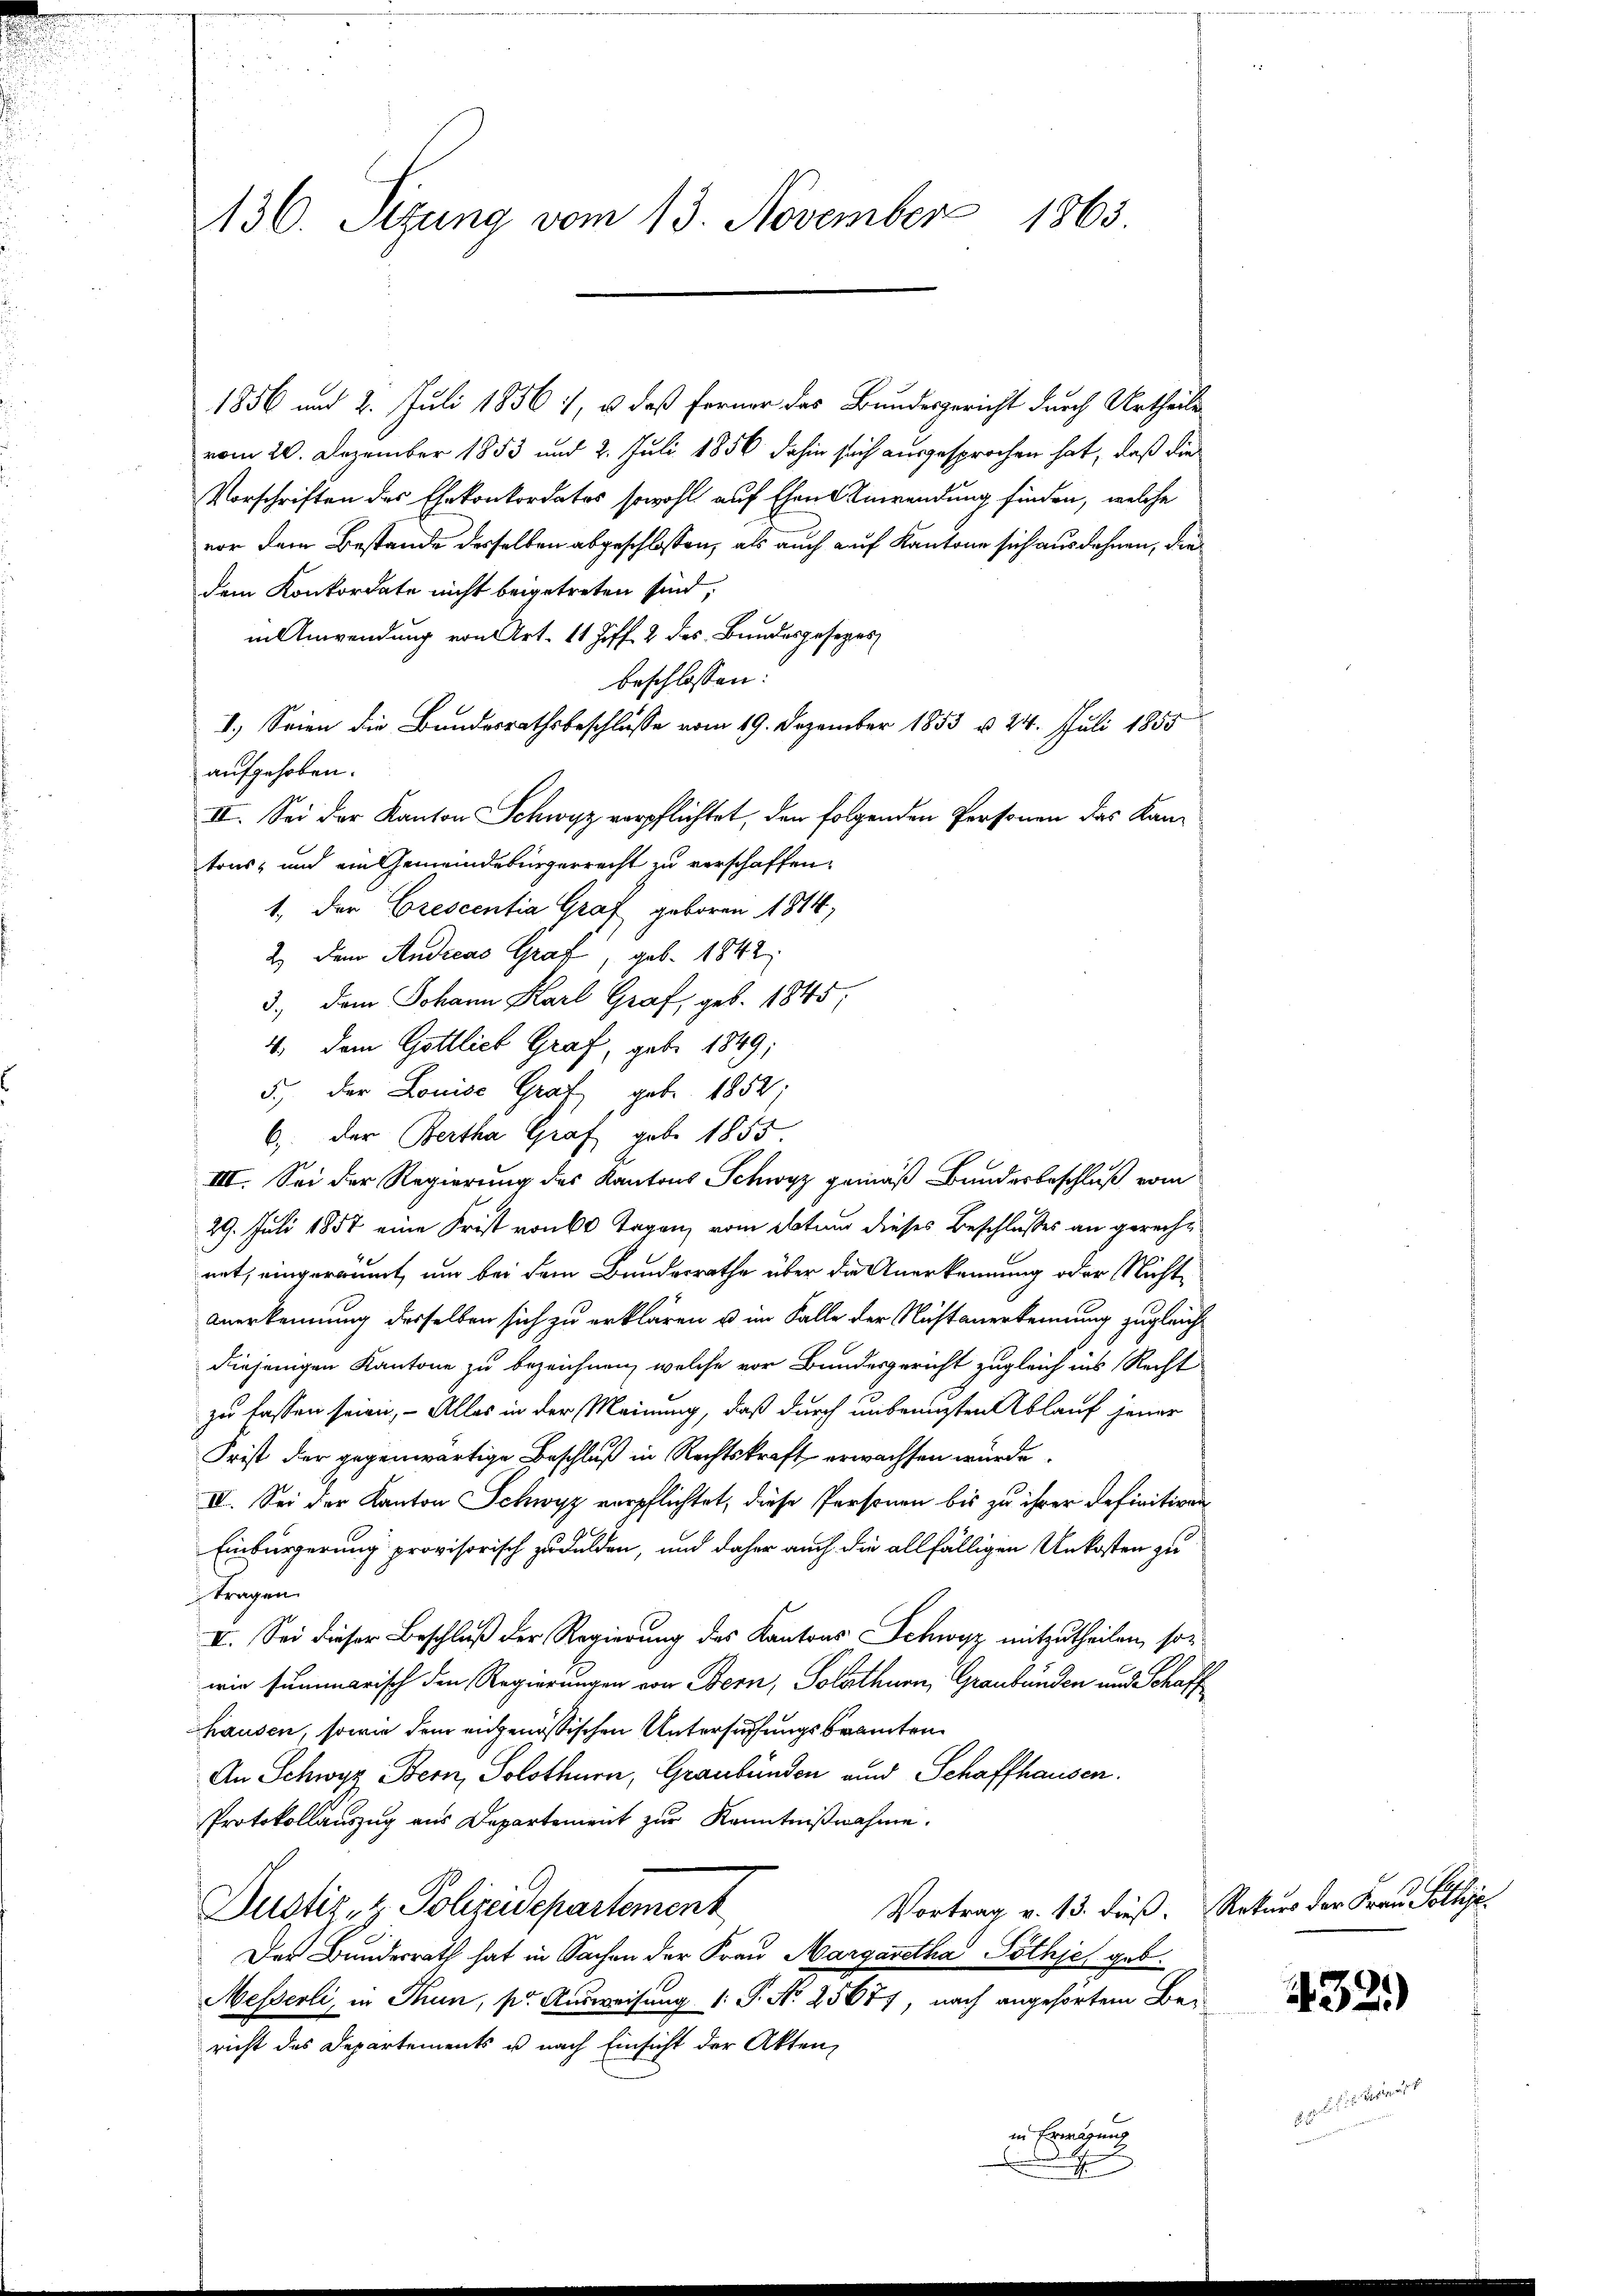
136. Sizung vom 13. November 1865

1856 und 2. Juli 1856 1, u. daß ferner das Bundesgericht durch Urtheile
vom 20. Dezember 1853 und 2. Juli 1856 dahin sich ausgesprochen hat, daß die
Vorschriften des Ehekonkordates sowohl auf Ehen Anwendung finden, welche
vor dem Bestande desselben abgeschlossen, als auch auf Kantone sich ausdehnen, die
dem Konkordate nicht beigetreten sind,
in Anwendung von Art. 11 Ziff. 2 des Bundesgesetzes
beschlossen:
1.) Seien die Bundesrathsbeschlusse vom 19. Dezember 1853 u. 24. Juli 1855
aufgehoben.
II. Sei der Kanton Schwyz verpflichtet, den folgenden Personen das Kan-
tons- und ein Gemeindebürgerrecht zu verschaffen.
1., der Crescentia Graf geboren 1814,
2.) Dem Andreas Graf, geb. 1842
3.) Dem Johann Karl Graf, geb. 1845;
4. Dem Gottlich Graf, geb. 1849;
5., der Louise Grat geb. 1852,
6. der Bertha Graf geb. 1855.
III. Sei der Regierung des Kantons Schwyz gemäß Bundesbeschluß vom
29. Juli 1857 eine Frist von 60 Tagen vom Votum dieses Beschlusses an gerecht
net, eingeräumt, um bei dem Bundesrathe über die Anerkennung oder Nicht¬
Anerkennung desselben sich zu erklären u im Falle der Nichtanerkennung zugleich
diejenigen Kantone zu bezeichnen, welche vor Bundesgericht zugleich ins Recht
zu fassen seien, – Alles in der Meinung, daß durch unbenigsten Ablauf jener
Frist der gegenwärtige Beschluß in Rechtskraft erwachsen würde.
IV. Sei der Kanton Schwyz verpflichtet, diese Personen bis zu ihrer Definitiven
Einbürgerung provisorisch zu dulden, und daher auch die allfälligen Unkosten zu
tragen.
II. Sei dieser Beschluß der Regierung des Kantons Schwyz mitzutheilen, son
wie summarisch den Regierungen von Bern, Solothurn, Graubünden und Schaff
hausen, sowie dem angenößischen Untersuchungsbeamten
An Schwyz Bern, Solothurn, Graubünden und Schaffhausen.
Protokollauszug aus Departement zur Kenntnißnahme.
Vortrag v. 13. dieß. Rekurs der Frau Solle.
Dustiz u. Polizeidepartement
Der Bundesrath hat in Sachen der Frau Margaretha Pöthje geb.
Messerli, in Thun, s. Ausweisung (: P. Nr. 25677, nach angehörtem Bericht des Departements u nach Einsicht der Akten,
in Erwägung

d

432.)

x